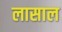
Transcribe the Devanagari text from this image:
लासाल